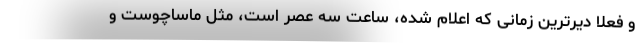
و فعلا دیرترین زمانی که اعلام شده، ساعت سه عصر است، مثل ماساچوست و